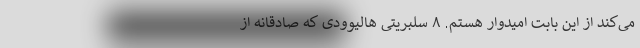
می‌کند از این بابت امیدوار هستم. ۸ سلبریتی هالیوودی که صادقانه از